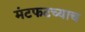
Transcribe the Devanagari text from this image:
मंटफटच्याच